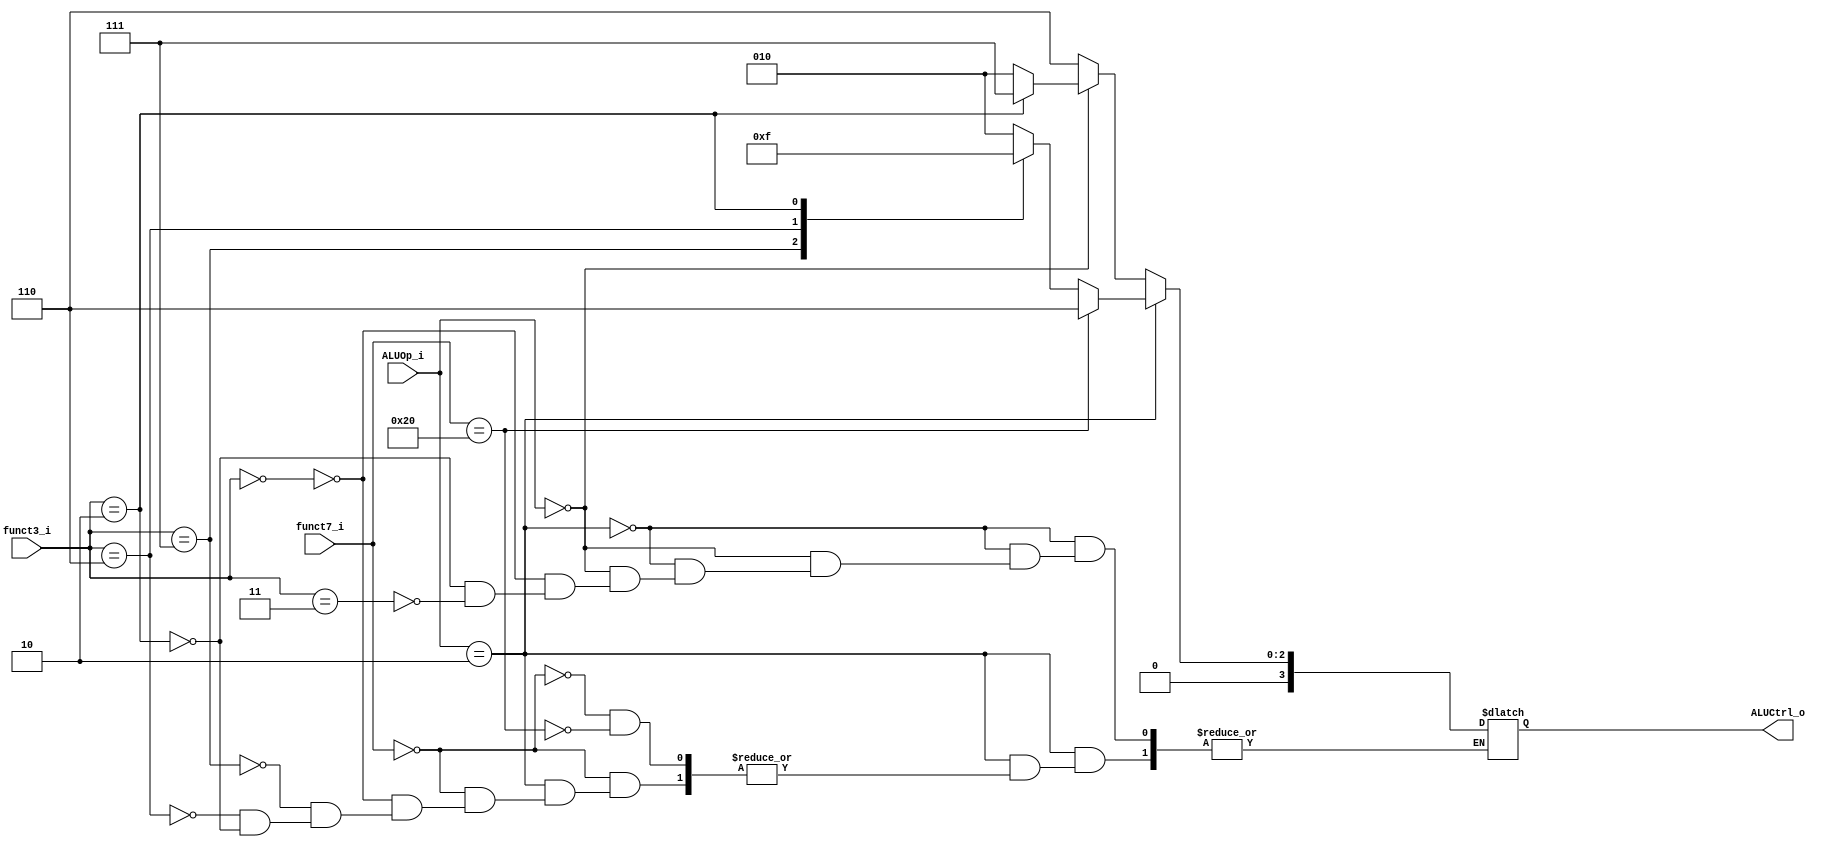
//--------------------------------------------------------------------------------
//Version:     1
//--------------------------------------------------------------------------------
//Writer:      
//----------------------------------------------
//Date:        
//----------------------------------------------
//Description: 
//--------------------------------------------------------------------------------

module ALU_Ctrl(
          funct3_i,
		  funct7_i,
          ALUOp_i,
          ALUCtrl_o
          );
          
//I/O ports 
input      [3-1:0] funct3_i;
input      [7-1:0] funct7_i;
input      [2-1:0] ALUOp_i;

output     [4-1:0] ALUCtrl_o;    
     
//Internal Signals
reg        [4-1:0] ALUCtrl_o;

//Parameter

//Select exact operation
always@( *  )begin
    $display("This is ALU Control, Your ALU OP input is: %b", ALUOp_i);
    if (ALUOp_i == 2'b10)begin
		$display("Function7 field: %b", funct7_i);
        case (funct7_i)
			7'b0000000:begin
                case (funct3_i)
                    3'b000:begin
                        ALUCtrl_o = 4'b0010;//add
                        $display("ALU_Ctrl = %b, add", ALUCtrl_o);
                        end
                    3'b111:begin
                        ALUCtrl_o = 4'b0000;//and
                        $display("ALU_Ctrl = %b, and", ALUCtrl_o);
                        end
                    3'b110:begin
                        ALUCtrl_o = 4'b0001;//or
                        $display("ALU_Ctrl = %b, or", ALUCtrl_o);
                        end
                    3'b010:begin
                        ALUCtrl_o = 4'b0111;//slt
                        $display("ALU_Ctrl = %b, slt", ALUCtrl_o);
                        end
            	endcase
			end
	    	7'b0100000:begin
                ALUCtrl_o = 4'b0110;//sub
                $display("ALU_Ctrl = %b, sub", ALUCtrl_o);
            end
        endcase
    end
    else if(ALUOp_i == 2'b00)begin
		$display("Function3 field: %b", funct3_i);
        case (funct3_i)
            3'b000:begin
                ALUCtrl_o = 4'b0010;//addi
                $display("ALU_Ctrl = %b, addi", ALUCtrl_o);
            end
            3'b010:begin
                ALUCtrl_o = 4'b0111;//slti
                $display("ALU_Ctrl = %b, slti", ALUCtrl_o);
            end
	        3'b011:begin
                ALUCtrl_o = 4'b0010;//ld & sd
                $display("ALU_Ctrl = %b, ld or sd", ALUCtrl_o);
            end
	    endcase
    end
    else begin
        ALUCtrl_o = 4'b0110;//beq
        $display("ALU OP input: %b, ALU_Ctrl = %d, beq", ALUOp_i, ALUCtrl_o);
    end
end
endmodule